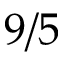
9 / 5